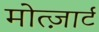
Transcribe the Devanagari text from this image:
मोत्ज़ार्ट